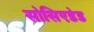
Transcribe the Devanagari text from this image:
सोसिएडेड